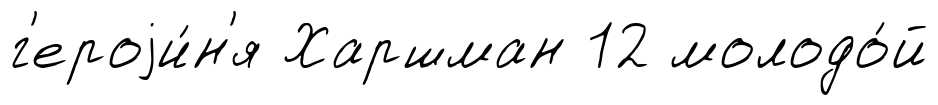
г'ероjи́н'я Харшман 12 молодо́й